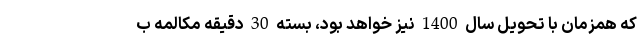
که همزمان با تحویل سال 1400 نیز خواهد بود، بسته 30 دقیقه مکالمه ب